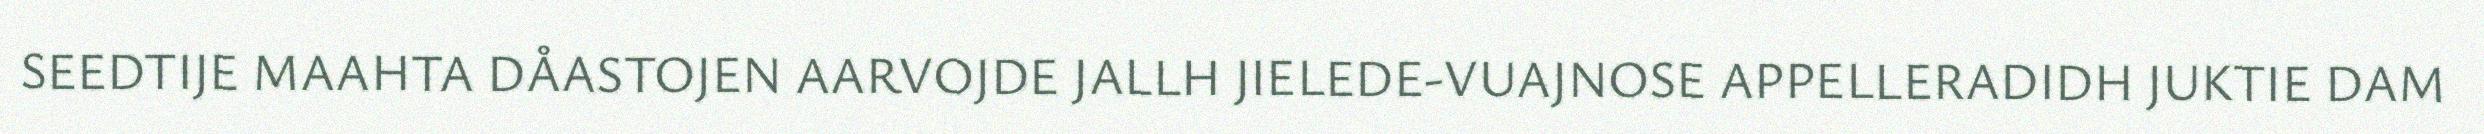
SEEDTIJE MAAHTA DÅASTOJEN AARVOJDE JALLH JIELEDE-VUAJNOSE APPELLERADIDH JUKTIE DAM